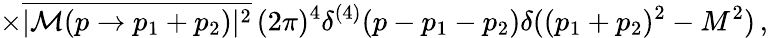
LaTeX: \times{\overline{{{|{\cal{M}}(p\to p_{1}+p_{2})|^{2}}}}}\, (2\pi)^{4}\delta^{(4)}(p-p_{1}-p_{2})\delta((p_{1}+p_{2})^{2}-M^{2})\, ,